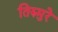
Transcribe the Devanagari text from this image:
तिरुमुरे